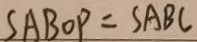
S A B O P = S A B C